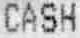
CASH